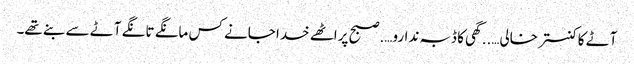
آٹے کا کنستر خالی…..گھی کا ڈبہ ندارو….صبح پراٹھے خدا جانے کس مانگے تانگے آٹے سے بنے تھے۔